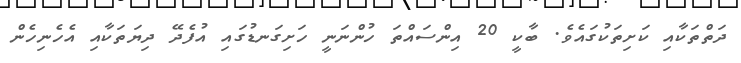
ދަތްތަކާއި ކަށިތަކުގައެވެ. ބާކީ 20 އިންސައްތަ ހުންނަނީ ހަށިގަނޑުގައި އުފެދޭ ދިޔަތަކާއި އެހެނިހެން